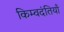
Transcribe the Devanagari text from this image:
किम्वदंतियाँ